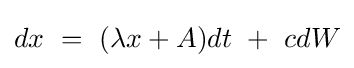
dx\ =\ (\lambda x+A)dt\ +\ cdW